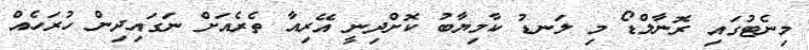
މިނެޓުގައި ރޮނާލްޑޯ މި ލަނޑު ކާމިޔާބު ކޮށްދިނީ އޭރިއާ ތެރެއަށް ނަގައިދިން ހުރަހެއް